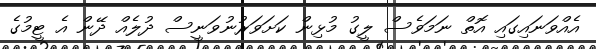
އެއްވަނައިގައި އޮތް ނަމަވެސް ލީގު މުޅިން ކަށަވަރުނުވަނީސް ދުލެއް ދޭން އެ ޓީމުގެ